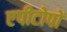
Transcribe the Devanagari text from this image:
एपीटोपों